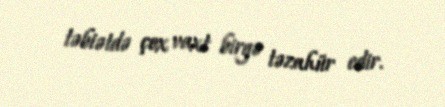
təbiətdə çox vaxt birgə təzahür edir.